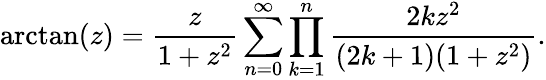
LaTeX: \arctan(z)={\frac{z}{1+z^{2}}}\sum_{n=0}^{\infty}\prod_{k=1}^{n}{\frac{2kz^{2}}{(2k+1)(1+z^{2})}}.